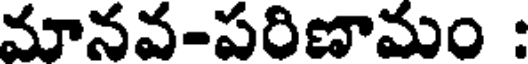
మానవ-పరిణామం :